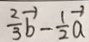
\frac { 2 } { 3 } \overrightarrow { b } - \frac { 1 } { 2 } \overrightarrow { a }